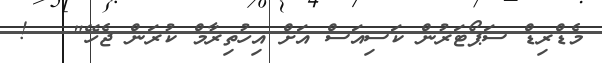
މެޑްރިޑް ސަޕޯޓަރުން ކަސިއަސް އަށް އިހުތިރާމް ކުރަން ޖެހޭ"   !